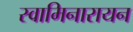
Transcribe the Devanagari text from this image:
स्वामिनारायन